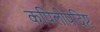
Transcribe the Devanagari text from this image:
कपिलोपदिष्ट